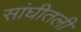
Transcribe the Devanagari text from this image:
सांघीतली